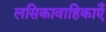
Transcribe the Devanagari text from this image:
लसिकावाहिकाएँ